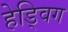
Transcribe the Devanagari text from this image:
हेड्विग